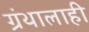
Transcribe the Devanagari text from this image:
ग्रंथालाही